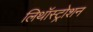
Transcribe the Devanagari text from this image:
लिथॉस्ट्रोशन